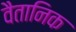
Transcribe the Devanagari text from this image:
वैतानिक